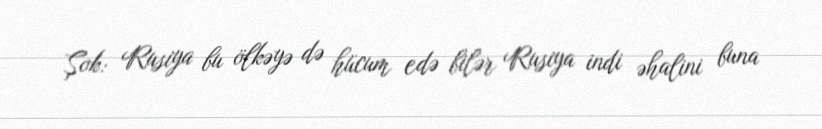
Şok: Rusiya bu ölkəyə də hücum edə bilər Rusiya indi əhalini buna